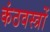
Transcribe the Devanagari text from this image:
कंठवस्त्रों